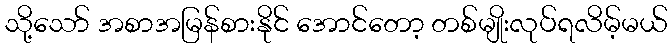
သို့သော် အစာအမြန်စားနိုင် အောင်တော့ တစ်မျိုးလုပ်ရလိမ့်မယ်